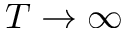
T \to \infty